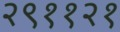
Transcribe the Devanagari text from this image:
२९११२१